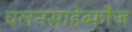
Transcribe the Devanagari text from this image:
चलनसाहेब्फौज